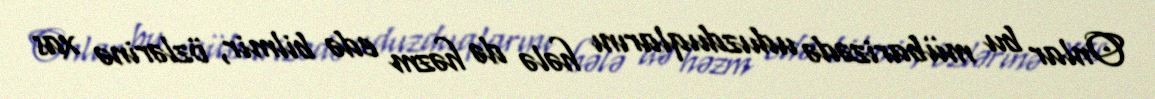
Onlar bu mübarizədə uduzduqlarını hələ də həzm edə bilmir, özlərinə xas